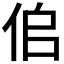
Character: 𠈆